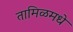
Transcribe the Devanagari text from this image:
तामिळमधे